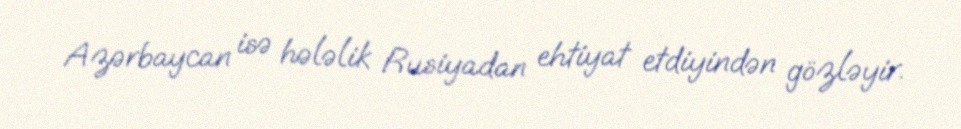
Azərbaycan isə hələlik Rusiyadan ehtiyat etdiyindən gözləyir.